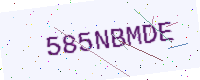
Text: 585NBMDE